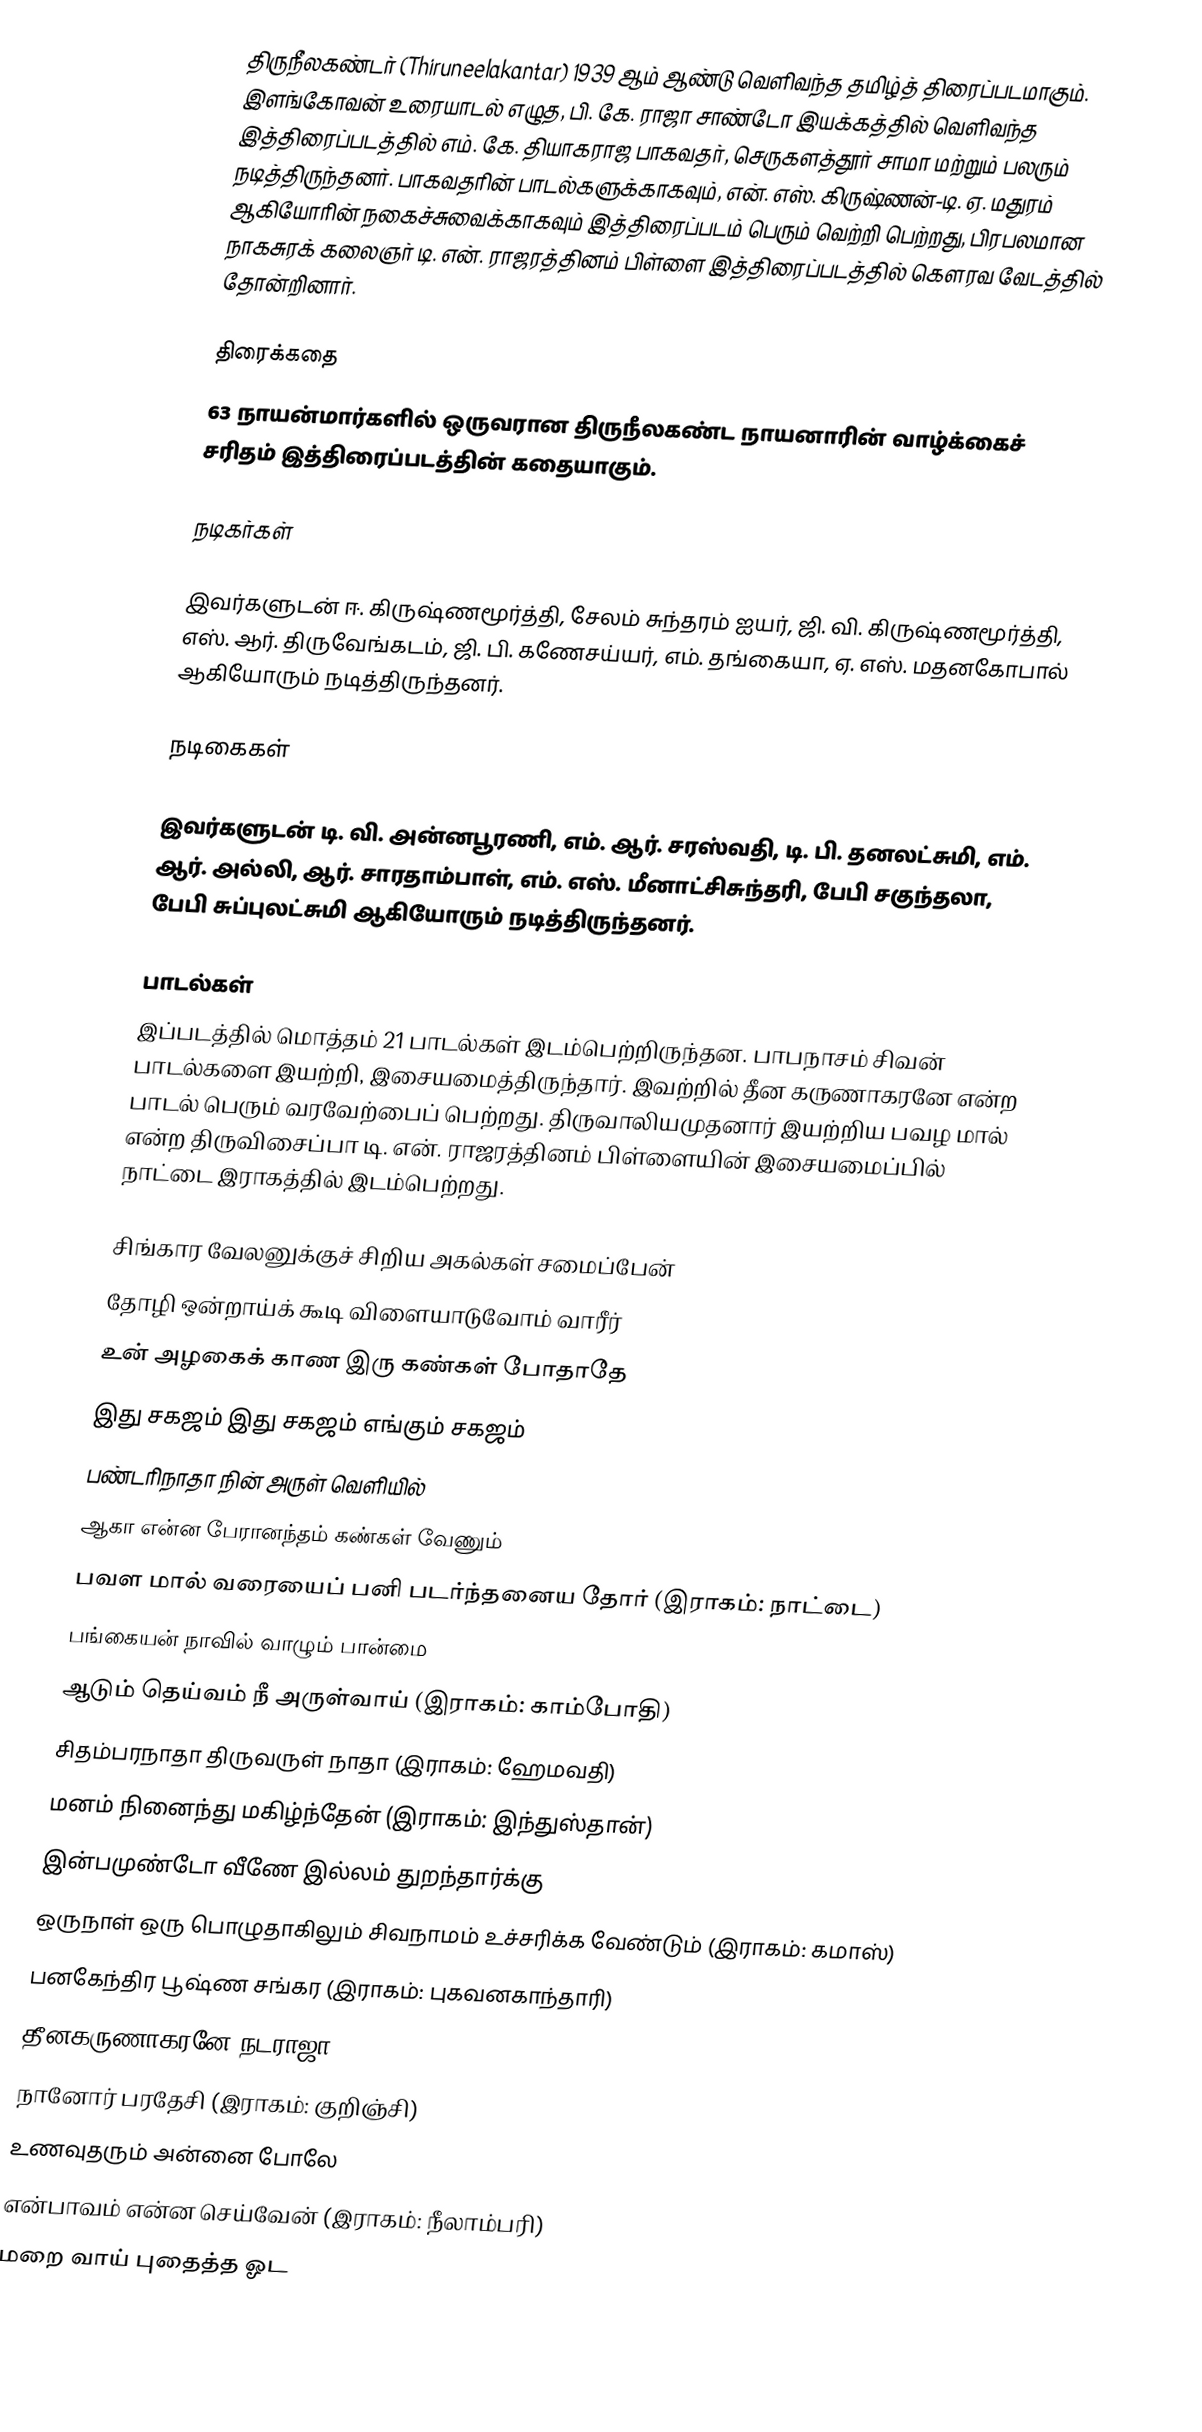
திருநீலகண்டர் (Thiruneelakantar) 1939 ஆம் ஆண்டு வெளிவந்த தமிழ்த் திரைப்படமாகும். இளங்கோவன் உரையாடல் எழுத, பி. கே. ராஜா சாண்டோ இயக்கத்தில் வெளிவந்த இத்திரைப்படத்தில் எம். கே. தியாகராஜ பாகவதர், செருகளத்தூர் சாமா மற்றும் பலரும் நடித்திருந்தனர். பாகவதரின் பாடல்களுக்காகவும், என். எஸ். கிருஷ்ணன்-டி. ஏ. மதுரம் ஆகியோரின் நகைச்சுவைக்காகவும் இத்திரைப்படம் பெரும் வெற்றி பெற்றது, பிரபலமான நாகசுரக் கலைஞர் டி. என். ராஜரத்தினம் பிள்ளை இத்திரைப்படத்தில் கௌரவ வேடத்தில் தோன்றினார்.

திரைக்கதை
63 நாயன்மார்களில் ஒருவரான திருநீலகண்ட நாயனாரின் வாழ்க்கைச் சரிதம் இத்திரைப்படத்தின் கதையாகும்.

நடிகர்கள்

இவர்களுடன் ஈ. கிருஷ்ணமூர்த்தி, சேலம் சுந்தரம் ஐயர், ஜி. வி. கிருஷ்ணமூர்த்தி, எஸ். ஆர். திருவேங்கடம், ஜி. பி. கணேசய்யர், எம். தங்கையா, ஏ. எஸ். மதனகோபால் ஆகியோரும் நடித்திருந்தனர்.

நடிகைகள்

இவர்களுடன் டி. வி. அன்னபூரணி, எம். ஆர். சரஸ்வதி, டி. பி. தனலட்சுமி, எம். ஆர். அல்லி, ஆர். சாரதாம்பாள், எம். எஸ். மீனாட்சிசுந்தரி, பேபி சகுந்தலா, பேபி சுப்புலட்சுமி ஆகியோரும் நடித்திருந்தனர்.

பாடல்கள்
இப்படத்தில் மொத்தம் 21 பாடல்கள் இடம்பெற்றிருந்தன. பாபநாசம் சிவன் பாடல்களை இயற்றி, இசையமைத்திருந்தார். இவற்றில் தீன கருணாகரனே என்ற பாடல் பெரும் வரவேற்பைப் பெற்றது. திருவாலியமுதனார் இயற்றிய பவழ மால் என்ற திருவிசைப்பா டி. என். ராஜரத்தினம் பிள்ளையின் இசையமைப்பில் நாட்டை இராகத்தில் இடம்பெற்றது.

சிங்கார வேலனுக்குச் சிறிய அகல்கள் சமைப்பேன்
தோழி ஒன்றாய்க் கூடி விளையாடுவோம் வாரீர்
உன் அழகைக் காண இரு கண்கள் போதாதே
இது சகஜம் இது சகஜம் எங்கும் சகஜம்
பண்டரிநாதா நின் அருள் வெளியில்
ஆகா என்ன பேரானந்தம் கண்கள் வேணும்
பவள மால் வரையைப் பனி படர்ந்தனைய தோர் (இராகம்: நாட்டை)
பங்கையன் நாவில் வாழும் பான்மை
ஆடும் தெய்வம் நீ அருள்வாய் (இராகம்: காம்போதி)
சிதம்பரநாதா திருவருள் நாதா (இராகம்: ஹேமவதி)
மனம் நினைந்து மகிழ்ந்தேன் (இராகம்: இந்துஸ்தான்)
இன்பமுண்டோ வீணே இல்லம் துறந்தார்க்கு
ஒருநாள் ஒரு பொழுதாகிலும் சிவநாமம் உச்சரிக்க வேண்டும் (இராகம்: கமாஸ்)
பனகேந்திர பூஷ்ண சங்கர (இராகம்: புகவனகாந்தாரி)
தீனகருணாகரனே நடராஜா
நானோர் பரதேசி (இராகம்: குறிஞ்சி)
உணவுதரும் அன்னை போலே
என்பாவம் என்ன செய்வேன் (இராகம்: நீலாம்பரி)
மறை வாய் புதைத்த ஓட